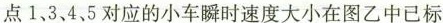
点1、3、4、5对应的小车瞬时速度大小在图乙中已标